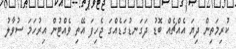
ކުރިމަތިން ދިޔަ އެއްޗެއް ބޮޑު ދަގަނޑުގަޑެއްގަ ޖެހިފަ އޭތި ވެއްޓުން އިރުހަަމަ ސުވާލު